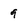
Character: 9